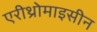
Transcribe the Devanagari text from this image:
एरीथ्रोमाइसीन